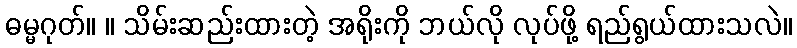
ဓမ္မဂုတ်။ ။ သိမ်းဆည်းထားတဲ့ အရိုးကို ဘယ်လို လုပ်ဖို့ ရည်ရွယ်ထားသလဲ။